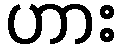
ဟား